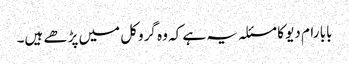
بابا رام دیو کا مسئلہ یہ ہے کہ وہ گروکل میں پڑھے ہیں۔